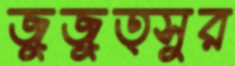
জুজুত্সুর